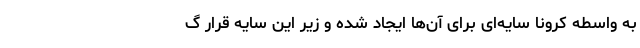
به واسطه کرونا سایه‌ای برای آن‌ها ایجاد شده و زیر این سایه قرار گ